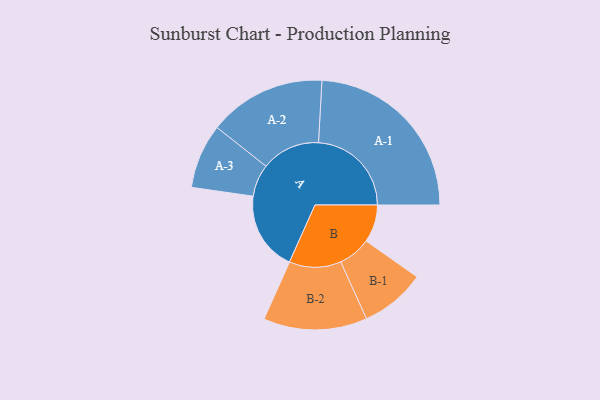
{"axis": {"x": "Segment", "y": "Value"}, "legend": ["", "A", "B"], "data": [{"x": "A", "y": 255, "type": ""}, {"x": "B", "y": 121, "type": ""}, {"x": "A-1", "y": 299, "type": "A"}, {"x": "A-2", "y": 189, "type": "A"}, {"x": "A-3", "y": 104, "type": "A"}, {"x": "B-1", "y": 105, "type": "B"}, {"x": "B-2", "y": 167, "type": "B"}]}